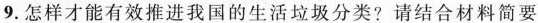
9.怎样才能有效推进我国的生活垃圾分类？请结合材料简要